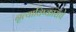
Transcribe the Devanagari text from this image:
नृत्याविष्काराचे